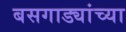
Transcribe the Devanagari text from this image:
बसगाड्यांच्या